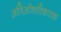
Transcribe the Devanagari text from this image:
अतिऑक्सीकारक